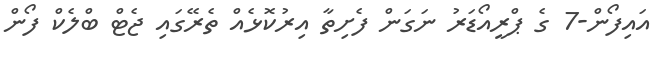
އައިފޯން-7 ގެ ޕްރީއޯޑަރު ނަގަން ފެށިތާ އިރުކޮޅެއް ތެރޭގައި ޖެޓް ބްލެކް ފޯން